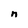
Character: n